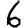
Digit: 6